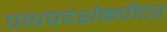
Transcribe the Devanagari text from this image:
पथप्रदर्शकपीटर